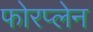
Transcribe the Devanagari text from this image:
फोरप्लेन